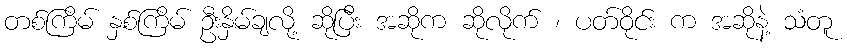
တစ်ကြိမ် နှစ်ကြိမ် ဦးနှိမ်ချလို့ ဆိုပြီး အဆိုက ဆိုလိုက် ၊ ပတ်ဝိုင်း က အဆိုနဲ့ သံတူ